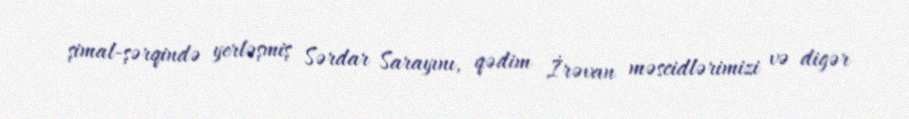
şimal-şərqində yerləşmiş Sərdar Sarayını, qədim İrəvan məscidlərimizi və digər